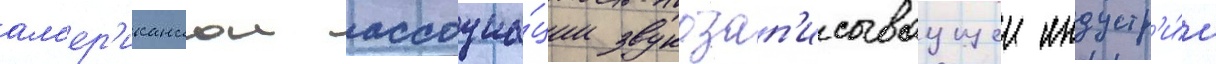
ам'ер'иканскои ассоциа́ции звукозап'исываущеи индустр'и́и